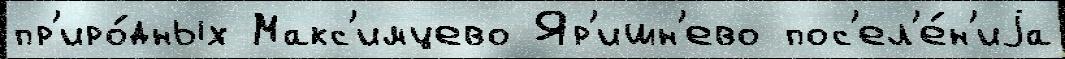
пр'иро́дных Макс'имцево Яр'ишн'ево пос'ел'е́н'иjа